Insane asylums Bombay 1873-77 - 1873-1877
Year: 1873
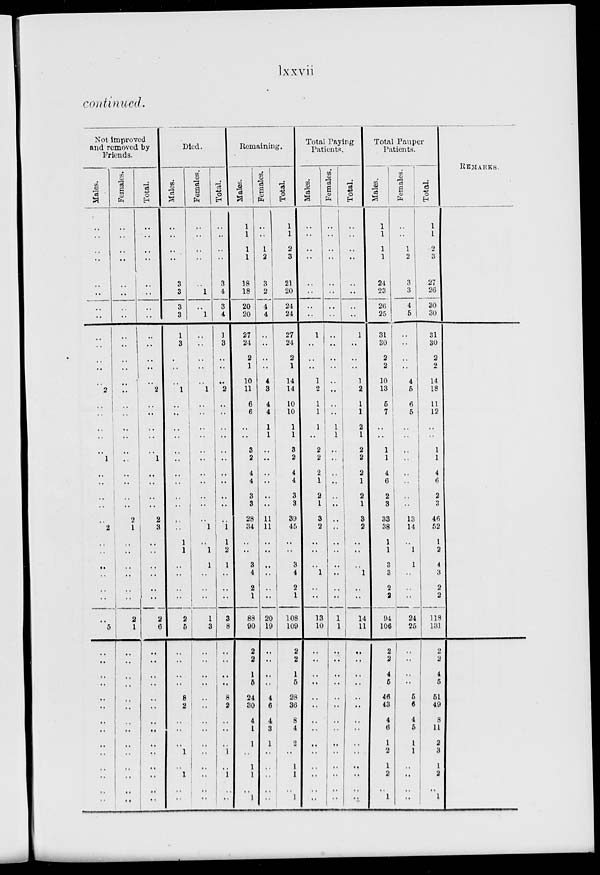
lxxvii
continued.
Not improved
and removed by
Friends.
Males.
..
..
..
..
..
..
..
..
..
..
..
..
..
2
..
..
..
..
..
1
..
..
..
..
..
2
..
..
..
..
..
..
5
..
..
..
..
..
..
..
..
..
..
..
..
..
..
Females.
..
..
..
..
..
..
..
..
..
..
..
..
..
..
..
..
..
..
..
..
..
..
..
..
2
1
..
..
..
..
..
..
2
1
..
..
..
..
..
..
..
..
..
..
..
..
..
..
Total.
..
..
..
..
..
..
..
..
..
..
..
..
..
2
..
..
..
..
..
1
..
..
..
..
2
3
..
..
..
..
..
..
2
6
..
..
..
..
..
..
..
..
..
..
..
..
..
..
Died.
Males.
..
..
..
..
3
3
3
3
1
3
..
..
..
1
..
..
..
..
..
..
..
..
..
..
..
..
1
1
..
..
..
..
2
5
..
..
..
..
8
2
..
..
..
1
..
1
..
..
Females.
..
..
..
..
..
1
..
1
..
..
..
..
..
1
..
..
..
..
..
..
..
..
..
..
..
1
..
1
1
..
..
..
1
3
..
..
..
..
..
..
..
..
..
..
..
..
..
..
Total.
..
..
..
..
3
4
3
4
1
3
..
..
..
2
..
..
..
..
..
..
..
..
..
1
1
2
1
..
..
..
3
8
..
..
..
..
8
2
..
..
..
1
..
1
..
..
Remaining.
Males.
1
1
1
1
18
18
20
20
27
24
2
1
10
11
6
6
..
..
3
2
4
4
3
3
28
34
..
..
3
4
2
1
88
90
2
2
1
5
24
30
4
1
1
..
1
1
..
1
Females.
..
..
1
2
3
2
4
4
..
..
..
..
4
3
4
4
1
1
..
..
..
..
..
..
11
11
..
..
..
..
..
..
20
19
..
..
..
..
4
6
4
3
1
..
..
..
..
..
Total.
1
1
2
3
21
20
24
24
27
24
2
1
14
14
10
10
1
1
3
2
4
4
3
3
39
45
..
..
3
4
2
1
108
109
2
2
1
5
28
36
8
4
2
..
1
1
..
1
Total Paying
Patients.
Males.
..
..
..
..
..
..
..
..
1
..
..
..
1
2
1
1
1
..
2
2
2
1
2
1
3
2
..
..
..
1
..
..
13
10
..
..
..
..
..
..
..
..
..
..
..
..
..
..
Females.
..
..
..
..
..
..
..
..
..
..
..
..
..
..
..
..
1
1
..
..
..
..
..
..
..
..
..
..
..
..
..
..
1
1
..
..
..
..
..
..
..
..
..
..
..
..
..
..
Total.
..
..
..
..
..
..
..
..
1
..
..
..
1
2
1
..
2
1
2
2
2
1
2
1
3
2
..
..
..
1
..
..
14
11
..
..
..
..
..
..
..
..
..
..
..
..
..
..
Total Pauper
Patients.
Males.
1
1
1
1
24
23
26
25
31
30
2
2
10
13
5
7
..
..
1
1
4
6
2
3
33
38
1
1
3
3
2
2
94
106
2
2
4
5
46
43
4
6
1
2
1
2
..
1
Females.
..
..
1
2
3
3
4
5
..
..
..
..
4
5
6
5
..
..
..
..
..
..
..
..
13
14
..
1
1
..
..
..
24
25
..
..
..
..
5
6
4
5
1
1
..
..
..
..
Total.
1
1
2
3
27
26
30
30
31
30
2
2
14
18
11
12
..
..
1
1
4
6
2
3
46
52
1
2
4
3
2
2
118
131
2
2
4
5
51
49
8
11
2
3
1
2
..
1
REMARKS.